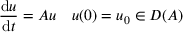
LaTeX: { \frac { \mathrm { d } u } { \mathrm { d } t } } = A u \quad u ( 0 ) = u _ { 0 } \in D ( A )